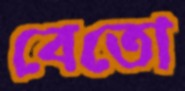
বেতো